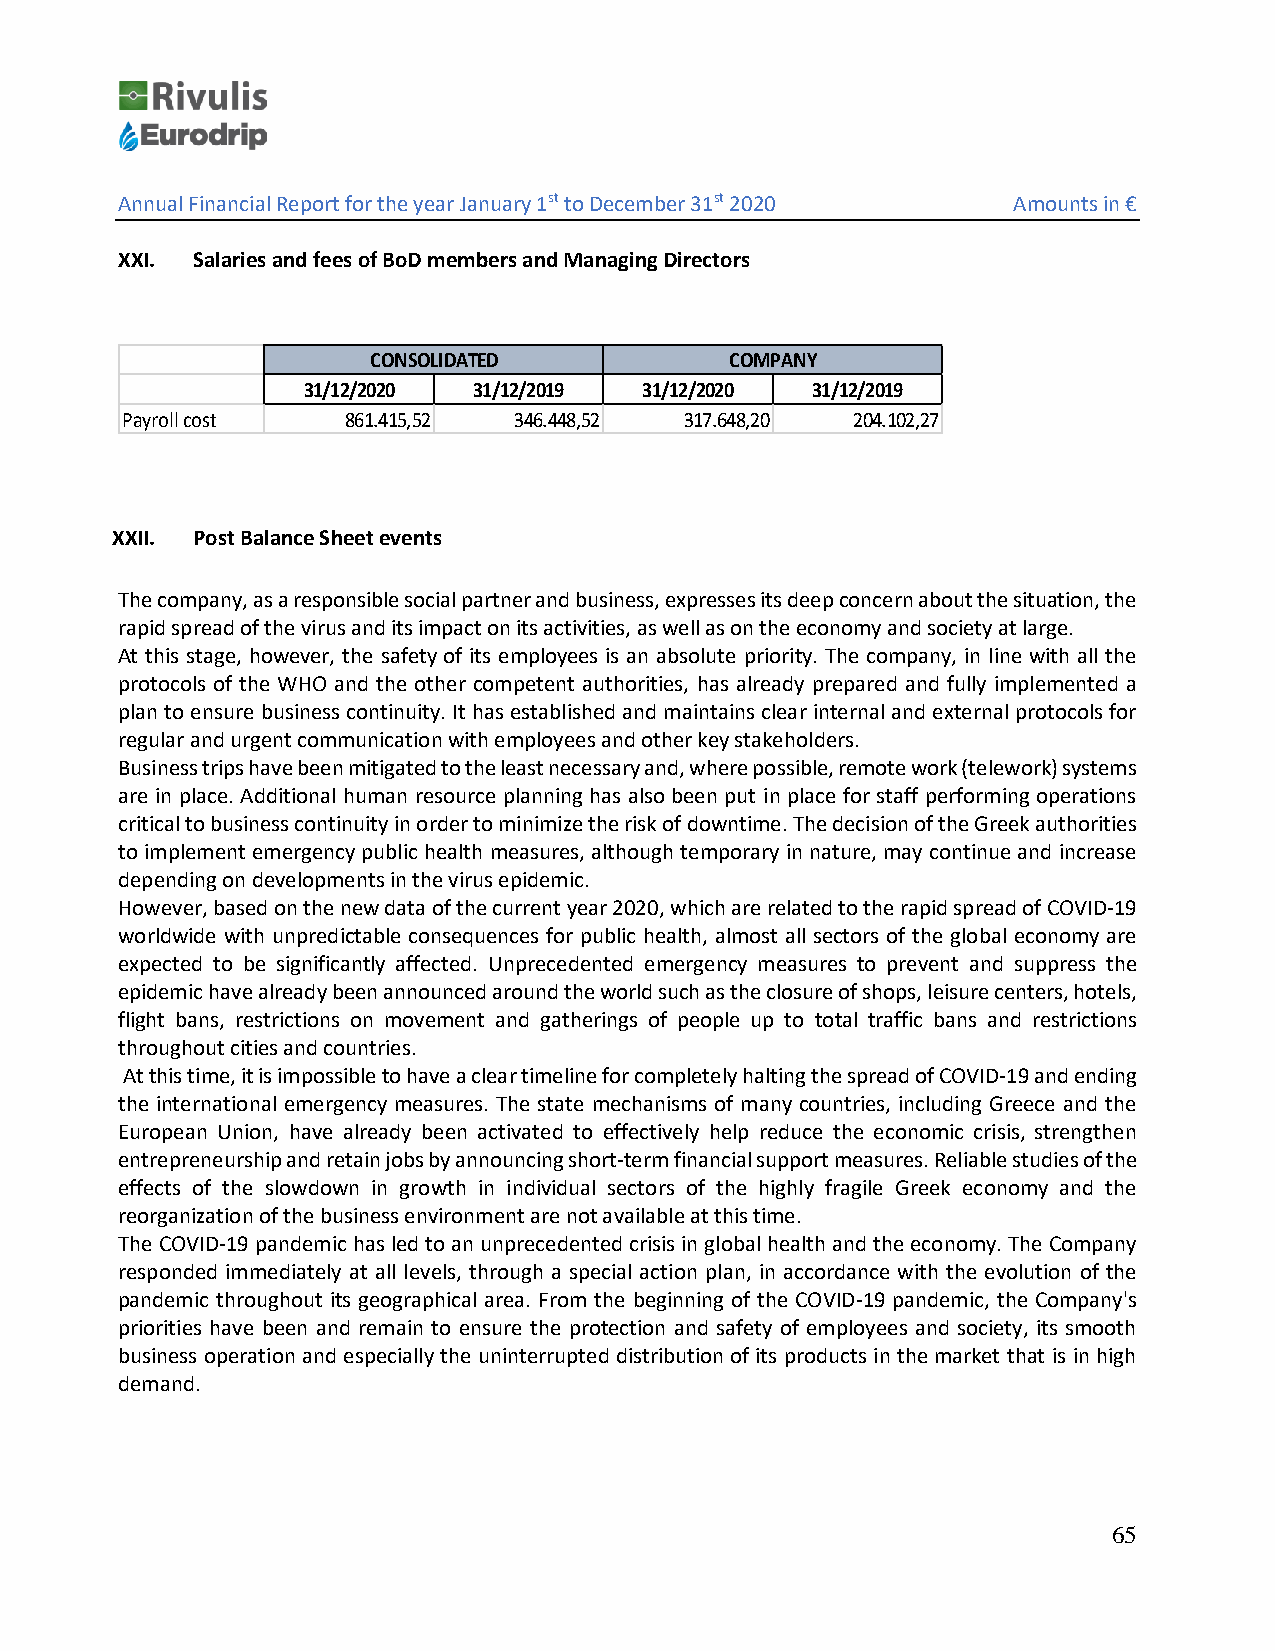
Annual Financial Report for the year January 1st to December 31st 2020 Amounts in €
 XXI. Salaries and fees of BoD members and Managing Directors
 CONSOLIDATED           COMPANY
 31/12/2020 31/12/2019  31/12/2020 31/12/2019
 Payroll cost   861.415,52 346.448,52 317.648,20 204.102,27
 XXII. Post Balance Sheet events
 The company, as a responsible social partner and business, expresses its deep concern about the situation, the
 rapid spread of the virus and its impact on its activities, as well as on the economy and society at large.
 At this stage, however, the safety of its employees is an absolute priority. The company, in line with all the
 protocols of the WHO and the other competent authorities, has already prepared and fully implemented a
 plan to ensure business continuity. It has established and maintains clear internal and external protocols for
 regular and urgent communication with employees and other key stakeholders.
 Business trips have been mitigated to the least necessary and, where possible, remote work (telework) systems
 are in place. Additional human resource planning has also been put in place for staff performing operations
 critical to business continuity in order to minimize the risk of downtime. The decision of the Greek authorities
 to implement emergency public health measures, although temporary in nature, may continue and increase
 depending on developments in the virus epidemic.
 However, based on the new data of the current year 2020, which are related to the rapid spread of COVID-19
 worldwide with unpredictable consequences for public health, almost all sectors of the global economy are
 expected to be significantly affected. Unprecedented emergency measures to prevent and suppress the
 epidemic have already been announced around the world such as the closure of shops, leisure centers, hotels,
 flight bans, restrictions on movement and gatherings of people up to total traffic bans and restrictions
 throughout cities and countries.
 At this time, it is impossible to have a clear timeline for completely halting the spread of COVID-19 and ending
 the international emergency measures. The state mechanisms of many countries, including Greece and the
 European Union, have already been activated to effectively help reduce the economic crisis, strengthen
 entrepreneurship and retain jobs by announcing short-term financial support measures. Reliable studies of the
 effects of the slowdown in growth in individual sectors of the highly fragile Greek economy and the
 reorganization of the business environment are not available at this time.
 The COVID-19 pandemic has led to an unprecedented crisis in global health and the economy. The Company
 responded immediately at all levels, through a special action plan, in accordance with the evolution of the
 pandemic throughout its geographical area. From the beginning of the COVID-19 pandemic, the Company's
 priorities have been and remain to ensure the protection and safety of employees and society, its smooth
 business operation and especially the uninterrupted distribution of its products in the market that is in high
 demand.
 65